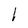
Character: l